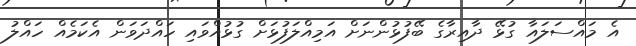
އެ މައްސަލައާ ގުޅޭ ދާއިރާގެ ބޭފުޅުންނަށް އަމިއްލަފުޅަށް ގުޅުއްވައި ހައްދަވަން އެކަމެއް ހައްލު